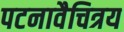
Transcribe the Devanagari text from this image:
पटनावैचित्रय